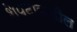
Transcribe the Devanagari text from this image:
शेपटाकडील